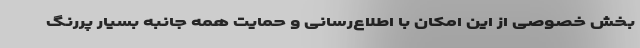
بخش خصوصی از این امکان با اطلاع‌رسانی و حمایت همه جانبه بسیار پررنگ